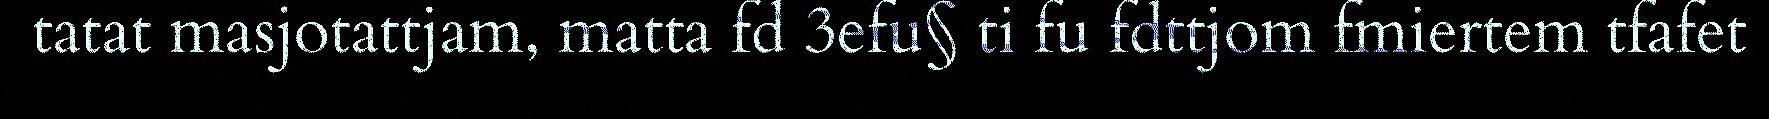
tatat masjotattjam, matta fd 3efu§ ti fu fdttjom fmiertem tfafet